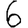
Digit: 6